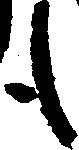
も